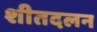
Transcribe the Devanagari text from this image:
शीतदलन